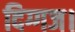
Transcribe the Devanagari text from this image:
दिग्गज।